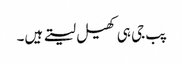
پب جی ہی کھیل لیتے ہیں۔